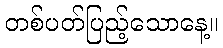
တစ်ပတ်ပြည့်သောနေ့။